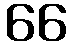
66